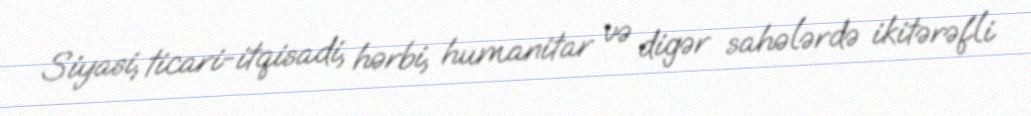
Siyasi, ticari-itqisadi, hərbi, humanitar və digər sahələrdə ikitərəfli